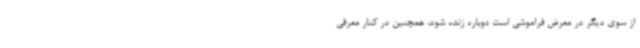
از سوی دیگر در معرض فراموشی است دوباره زنده شود، همچنین در کنار معرفی